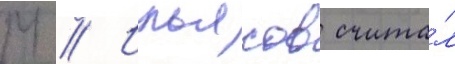
М // Ильясов счита́л